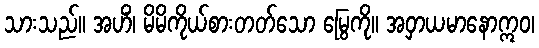
သားသည်။ အဟိံ၊ မိမိကိုယ်စားတတ်သော မြွေကို။ အဝှာယမာနောဣဝ၊